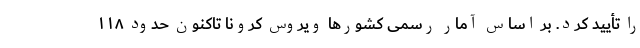
را تأیید کرد. بر اساس آمار رسمی کشور‌ها ویروس کرونا تاکنون حدود ۱۱۸